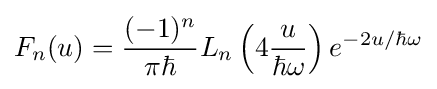
F_{n}(u)={\frac {(-1)^{n}}{\pi \hbar }}L_{n}\left(4{\frac {u}{\hbar \omega }}\right)e^{-2u/\hbar \omega }